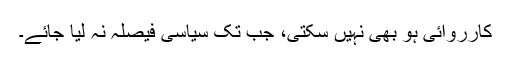
کارروائی ہو بھی نہیں سکتی، جب تک سیاسی فیصلہ نہ لیا جائے۔